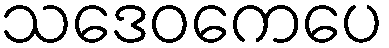
သဒေဝကေပေ